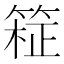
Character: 𫂊